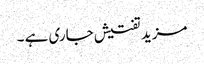
مزید تفتیش جاری ہے ۔